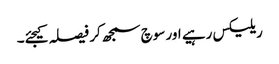
ریلیکس رہیے اور سوچ سمجھ کر فیصلہ کیجئے۔